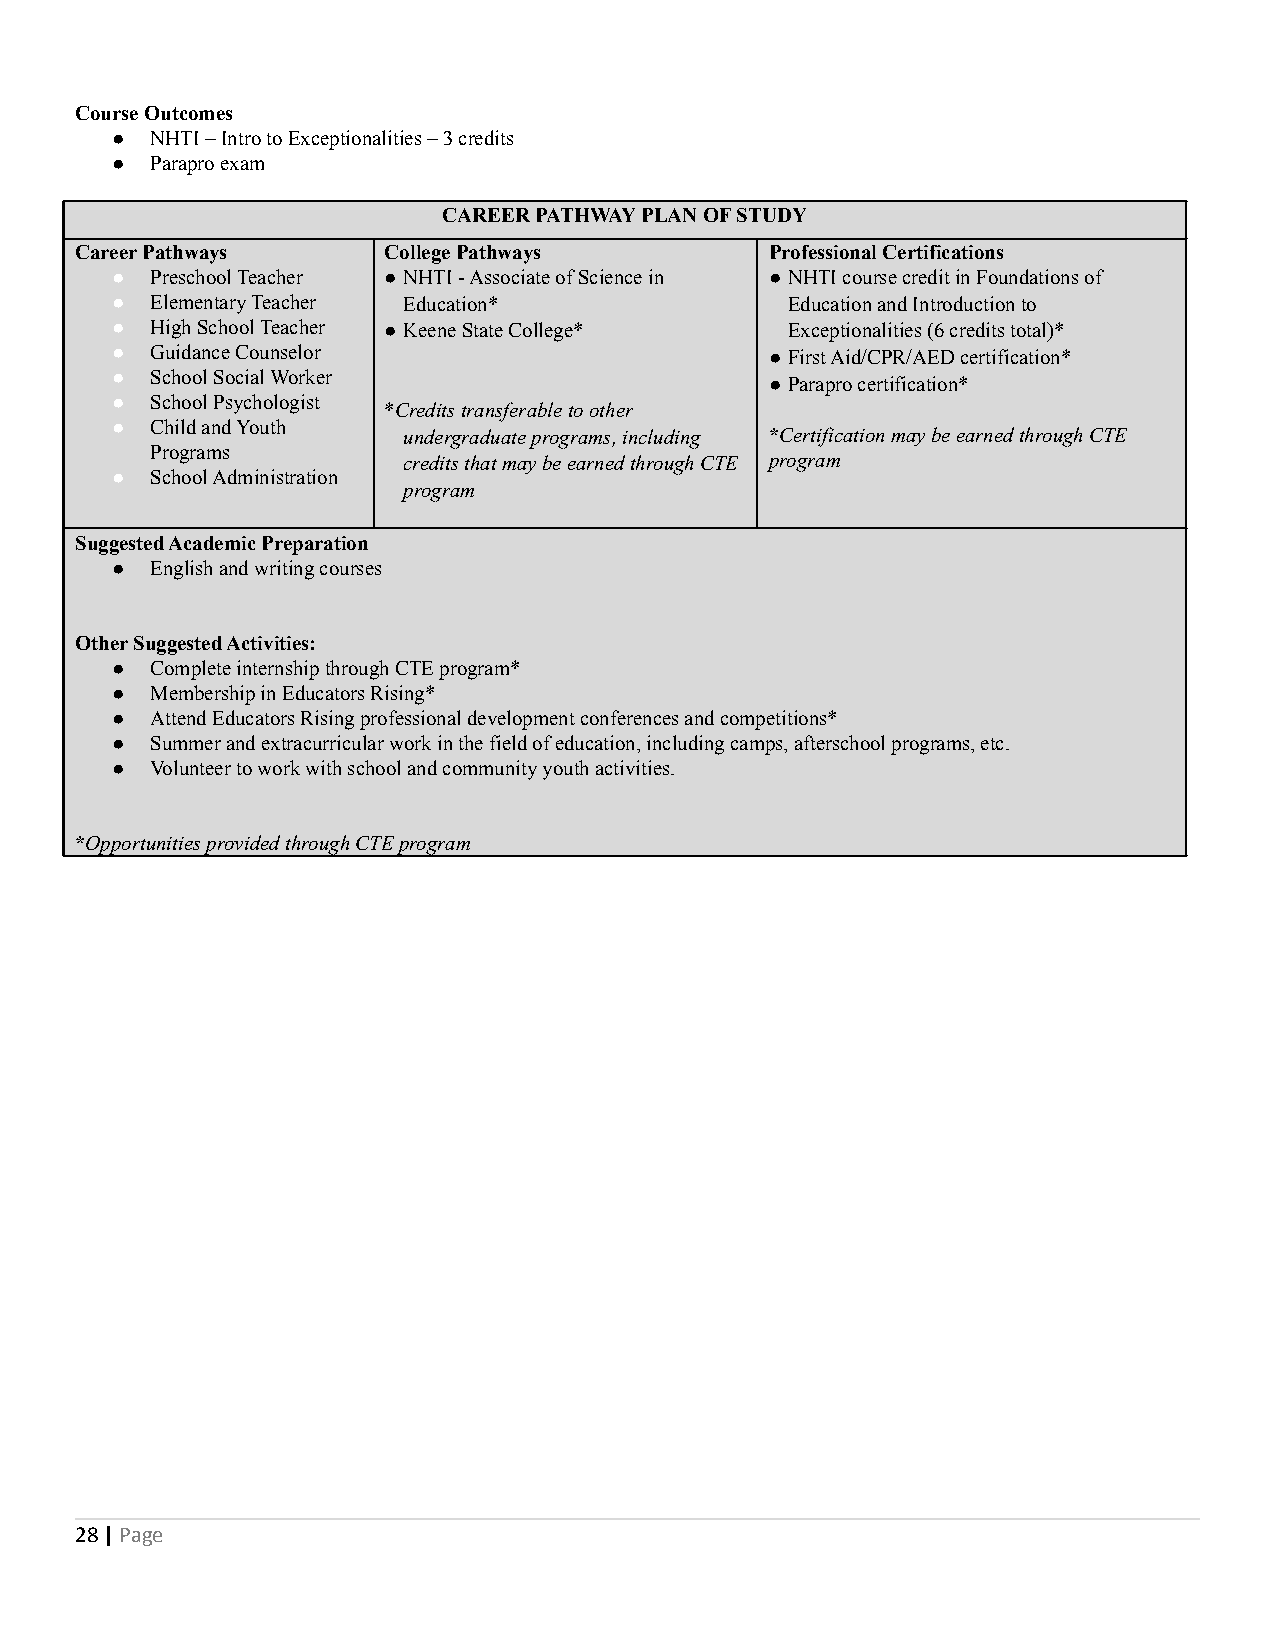
Course Outcomes
 ●  NHTI – Intro to Exceptionalities – 3 credits
 ●  Parapro exam
 CAREER PATHWAY PLAN OF STUDY
 Career Pathways     College Pathways          Professional Certifications
 ●  Preschool Teacher ●NHTI - Associate of Science in ●NHTI course credit in Foundations of
 ●  Elementary Teacher Education*             Education and Introduction to
 ●  High School Teacher ●Keene State College* Exceptionalities (6 credits total)*
 ●  Guidance Counselor                       ●First Aid/CPR/AED certification*
 ●  School Social Worker                     ●Parapro certification*
 ●  School Psychologist
 *Credits transferable to other
 ●  Child and Youth
 undergraduate programs, including *Certification may be earned through CTE
 Programs
 credits that may be earned through CTE program
 ●  School Administration
 program
 Suggested Academic Preparation
 ●  English and writing courses
 Other Suggested Activities:
 ●  Complete internship through CTE program*
 ●  Membership in Educators Rising*
 ●  Attend Educators Rising professional development conferences and competitions*
 ●  Summer and extracurricular work in the field of education, including camps, afterschool programs, etc.
 ●  Volunteer to work with school and community youth activities.
 *Opportunities provided through CTE program
 28|Page